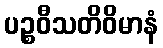
ပဉ္စဝီသတိဝိမာနံ